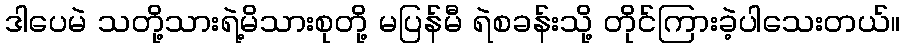
ဒါပေမဲ သတို့သားရဲ့မိသားစုတို့ မပြန်မီ ရဲစခန်းသို့ တိုင်ကြားခဲ့ပါသေးတယ်။